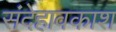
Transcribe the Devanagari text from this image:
संदेहावकाश